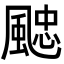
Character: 𩗻